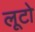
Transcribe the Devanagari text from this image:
लूटो